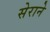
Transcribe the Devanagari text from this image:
सेराने